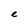
Character: e